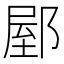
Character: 𨜘